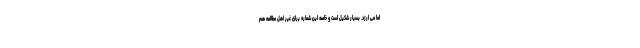
اما می ارزد. بسیار شکیل است و خاصه این شماره برای غیر اهل مطالعه هم